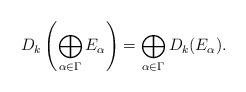
LaTeX: \begin{align*}D_k\left( \bigoplus_{\alpha \in \Gamma} E_{\alpha} \right) = \bigoplus_{\alpha \in \Gamma} D_k(E_{\alpha}).\end{align*}